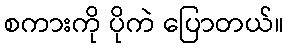
စကားကို ပိုကဲ ပြောတယ်။